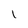
Character: l